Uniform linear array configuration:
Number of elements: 8
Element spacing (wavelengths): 0.5
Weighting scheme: binomial
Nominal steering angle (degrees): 0
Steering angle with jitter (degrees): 1.87
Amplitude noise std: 0.05
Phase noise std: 0.05

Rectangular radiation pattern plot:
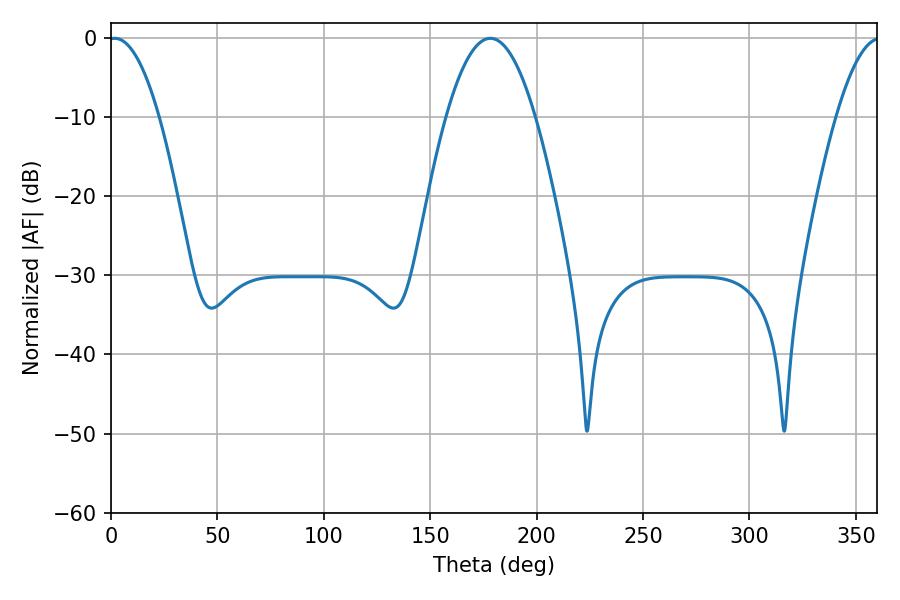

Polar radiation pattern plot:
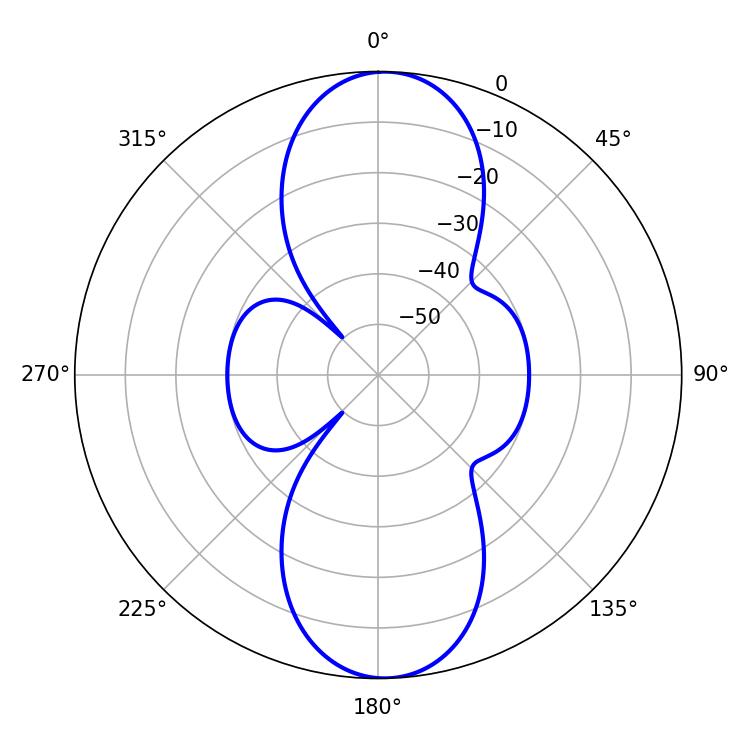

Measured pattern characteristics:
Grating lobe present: FALSE
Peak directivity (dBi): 19.066
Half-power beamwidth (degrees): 13.14
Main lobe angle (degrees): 1.8